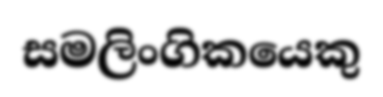
සමලිංගිකයෙකු